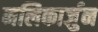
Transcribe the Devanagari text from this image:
मलिकार्जुन